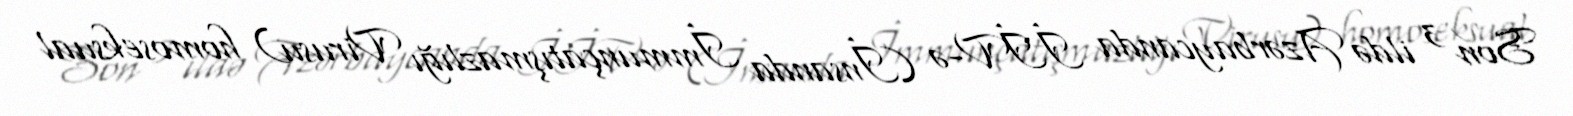
Son 3 ildə Azərbaycanda İİV-ə (İnsanda İmmunçatışmazlığı Virusu) homoseksual